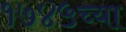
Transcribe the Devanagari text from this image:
१७४५च्या